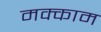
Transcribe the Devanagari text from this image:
मक्काम